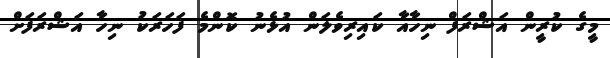
މީގެ ކުރީން އަޝްރަފް ނިހާއާ ކައިރިވެލަން އުޅެނު ކޮންމެ ފަހަރަކު ނިހާ އަޝްރަފަށް